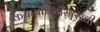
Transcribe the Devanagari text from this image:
कबाबचिनीसारखी